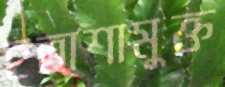
হতাশামুক্ত